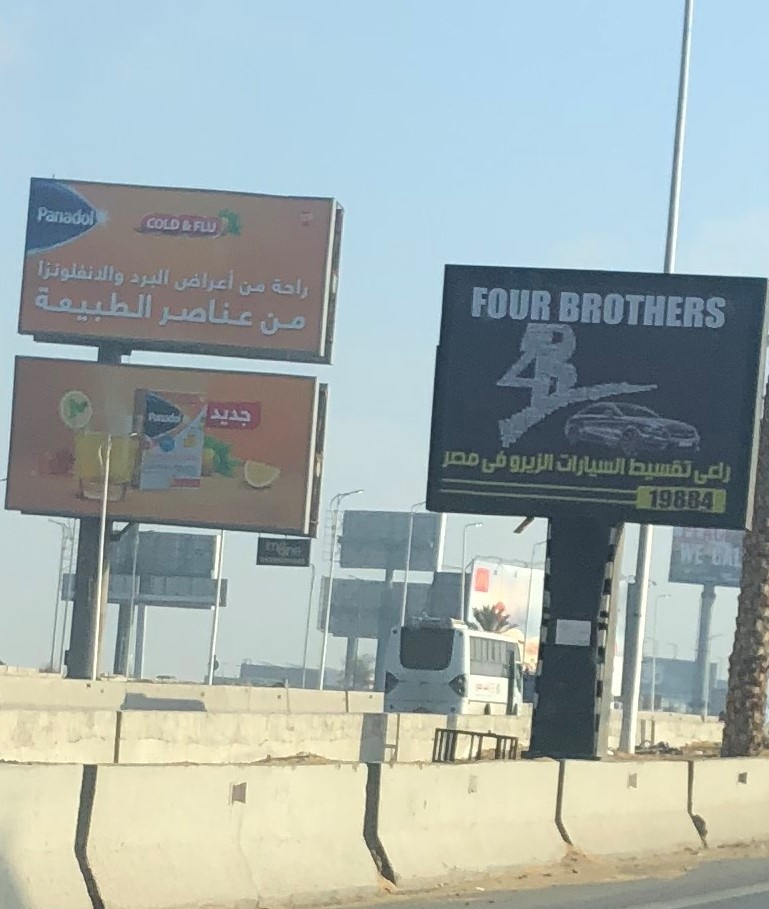
Text in image: والانفلونزا البرد أعراض من راحة الطبيعة عناصر من جديد مصر الزيرو فى السيارات تقسيط راعي Panadol COLD&FLU FOUR BROTHERS 19884